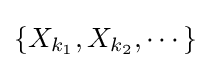
\left\{X_{k_{1}},X_{k_{2}},\cdots \right\}